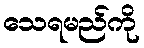
သေရမည်ကို